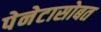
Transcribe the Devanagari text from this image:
पेनेटासोबत